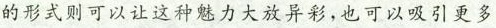
的形式则可以让这种魅力大放异彩，也可以吸引更多